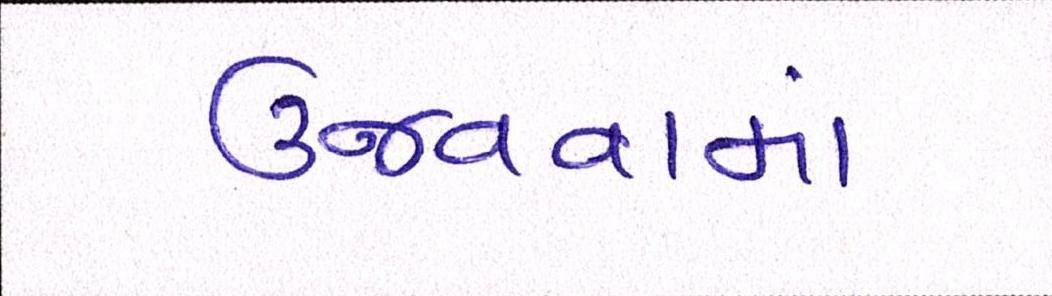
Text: ઉજવવામાં